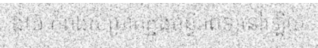
ង៉ុយ កំពុងសម្រាកក្នុងមន្ទីរពេទ្យនៅឡើយ